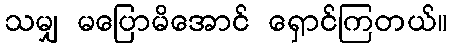
သမျှ မပြောမိအောင် ရှောင်ကြတယ်။